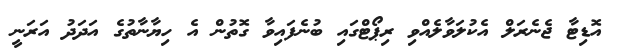
އޮޑިޓާ ޖެނެރަލް އެކުލަވާލެއްވި ރިޕޯޓްގައި ބުނެފައިވާ ގޮތުން އެ ހިޔާނާތުގެ އަދަދު އަރަނީ